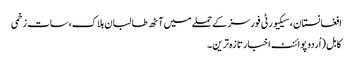
افغانستان ، سیکیورٹی فورسز کے حملے میں آٹھ طالبان ہلاک،سات زخمی
کابل (اُردو پوائنٹ اخبارتازہ ترین۔